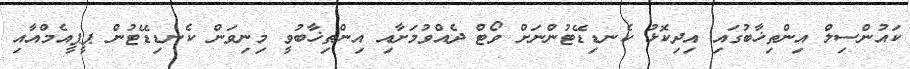
ކައުންސިލް އިންތިޚާބުގައި އިދިކޮޅު ކެނޑިޑޭޓުންނަށް ވޯޓް ދެއްވުމަށާއި އިންތިޚާބުވީ މިނިވަން ކެނޑިޑޭޓުން ޕީޕީއެމްއާއި